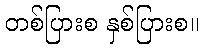
တစ်ပြားစ နှစ်ပြားစ။